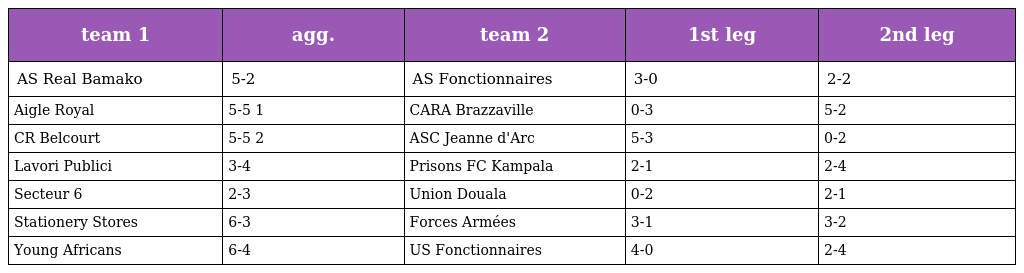
| team 1 | agg. | team 2 | 1st leg | 2nd leg |
 | --- | --- | --- | --- | --- |
 | AS Real Bamako | 5-2 | AS Fonctionnaires | 3-0 | 2-2 |
 | Aigle Royal | 5-5 1 | CARA Brazzaville | 0-3 | 5-2 |
 | CR Belcourt | 5-5 2 | ASC Jeanne d'Arc | 5-3 | 0-2 |
 | Lavori Publici | 3-4 | Prisons FC Kampala | 2-1 | 2-4 |
 | Secteur 6 | 2-3 | Union Douala | 0-2 | 2-1 |
 | Stationery Stores | 6-3 | Forces Armées | 3-1 | 3-2 |
 | Young Africans | 6-4 | US Fonctionnaires | 4-0 | 2-4 |